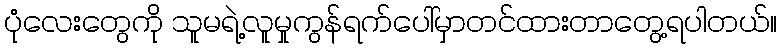
ပုံလေးတွေကို သူမရဲ့လူမှုကွန်ရက်ပေါ်မှာတင်ထားတာတွေ့ရပါတယ်။